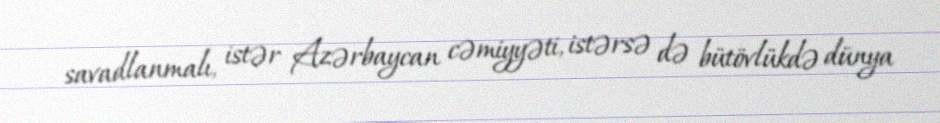
savadlanmalı, istər Azərbaycan cəmiyyəti, istərsə də bütövlükdə dünya